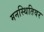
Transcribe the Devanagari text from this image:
मनस्थितिवर